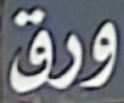
ورق